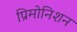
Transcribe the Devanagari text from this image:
प्रिमोनिशन